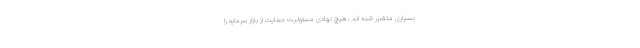
بسیاری متضرر شده اند ، هیچ نهادی مسئولیت حمایت از بازار سرمایه را